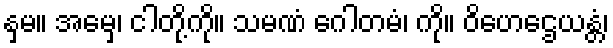
နှမ။ အမှေ၊ ငါတို့ကို။ သမဏံ ဂေါတမံ၊ ကို။ ဝိဟေဌေယန္တံ၊